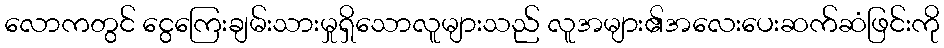
လောကတွင် ငွေကြေးချမ်းသားမှုရှိသောလူများသည် လူအများ၏အလေးပေးဆက်ဆံဖြင်းကို